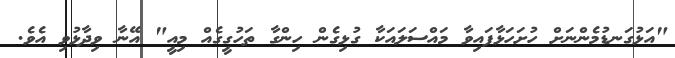
"އަޅުގަނޑުމެންނަށް ހުށަހަޅާފައިވާ މައްސަލައަކާ ގުޅިގެން ހިންގާ ތަހުގީގެއް މިއީ" އޭނާ ވިދާޅުވި އެވެ.